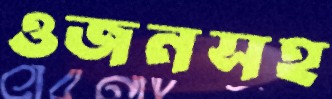
ওজনসহ